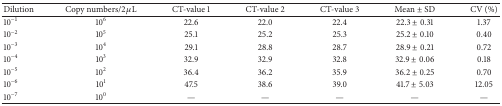
| Dilution | Copy numbers/2 μL | CT-value 1 | CT-value 2 | CT-value 3 | Mean ± SD | CV (%) |
 | --- | --- | --- | --- | --- | --- | --- |
 | 10−1 | 106 | 22.6 | 22.0 | 22.4 | 22.3 ± 0.31 | 1.37 |
 | 10−2 | 105 | 25.1 | 25.2 | 25.3 | 25.2 ± 0.10 | 0.40 |
 | 10−3 | 104 | 29.1 | 28.8 | 28.7 | 28.9 ± 0.21 | 0.72 |
 | 10−4 | 103 | 32.9 | 32.9 | 32.8 | 32.9 ± 0.06 | 0.18 |
 | 10−5 | 102 | 36.4 | 36.2 | 35.9 | 36.2 ± 0.25 | 0.70 |
 | 10−6 | 101 | 47.5 | 38.6 | 39.0 | 41.7 ± 5.03 | 12.05 |
 | 10−7 | 100 | — | — | — | — | — |